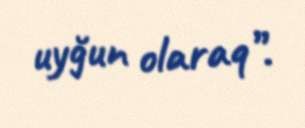
uyğun olaraq”.